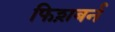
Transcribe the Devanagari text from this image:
फिश़बर्न